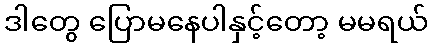
ဒါတွေ ပြောမနေပါနှင့်တော့ မမရယ်